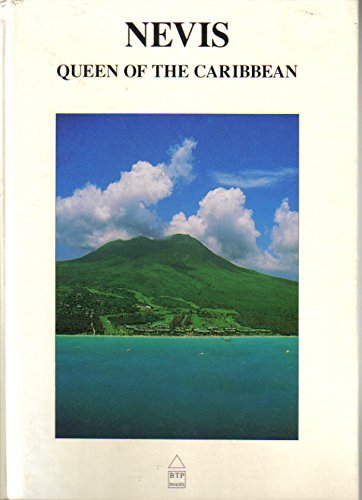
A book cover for Nevis: Queen of the Caribbean; Various Contributors; Travel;